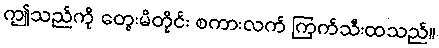
ဤသည်ကို တွေးမိတိုင်း စကားလက် ကြက်သီးထသည်။